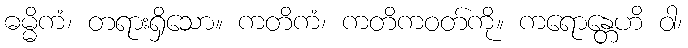
ဓမ္မိကံ၊ တရားရှိသော။ ကတိကံ၊ ကတိကဝတ်ကို။ ကရောန္တေဟိ ဝါ၊